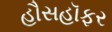
હૌસહૉફર